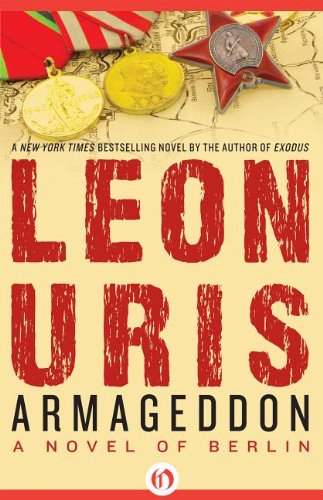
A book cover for Armageddon: A Novel of Berlin; Leon Uris; Literature & Fiction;